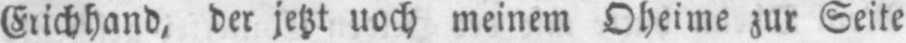
meinem Oheime zur Seite